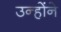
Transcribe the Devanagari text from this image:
उन्हाेंने